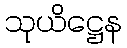
သုယိဋ္ဌေန